Mental hospitals Bombay report 1929-33 - 1929-1933
Year: 1929
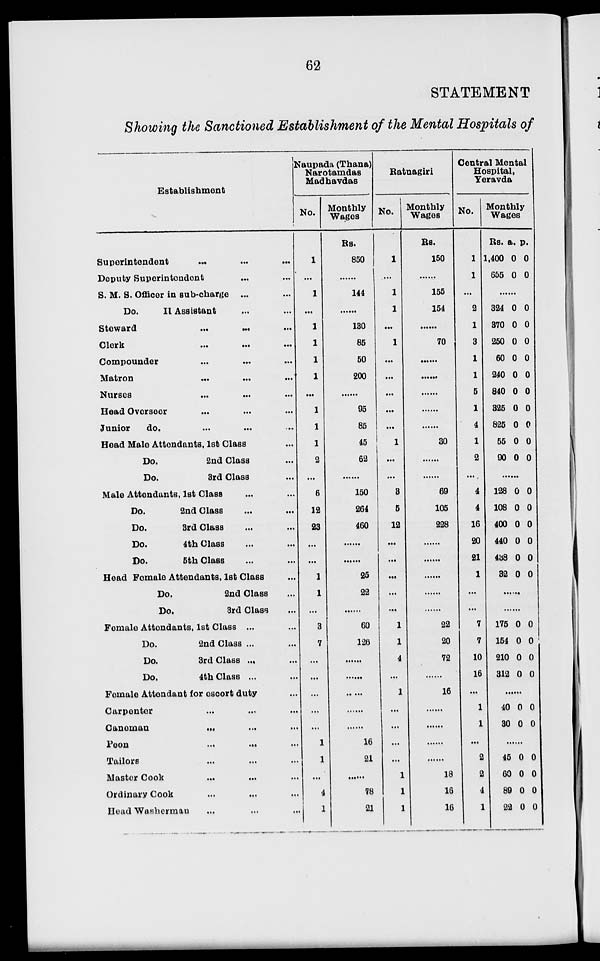
62
STATEMENT
Showing the Sanctioned Establishment of the Mental Hospitals of
Establishment
Superintendent ... ... ...
Deputy Superintendent ... ...
S. M. S. Officer in sub-charge ... ...
Do.
II Assistant ... ...
Steward
...
...
...
Clerk ... ... ...
Compounder ... ... ...
Matron ... ... ...
Nurses ... ... ...
Head Overseer ... ... ...
Junior
do.
...
...
...
Head Male Attendants, 1st Class ...
Do.
2nd Class ...
Do.
3rd Class ...
Male Attendants, 1st Class ... ...
Do.
2nd Class ... ...
Do.
3rd Class ... ...
Do.
4th Class ... ...
Do.
5th
Class ... ...
Head Female Attendants, 1st Class ...
Do.
2nd Class ...
Do.
3rd Class ...
Female Attendants, 1st Class ... ...
Do.
2nd Class ... ...
Do.
3rd Class ... ...
Do.
4th Class ... ...
Female Attendant for escort duty ...
Carpenter ... ... ...
Caneman ... ... ...
Peon ... ... ...
Tailors ... ... ...
Master Cook ... ... ...
Ordinary Cook ... ... ...
Head Washerman ... ... ...
Naupada (Thana)
Narotamdas
Madhavdas
No.
1
...
1
...
1
1
1
1
...
1
1
1
2
...
6
12
23
...
...
1
1
...
3
7
...
...
...
...
...
1
1
...
4
1
Monthly
Wages
Rs.
850
......
144
......
130
85
50
200
......
95
85
45
62
......
150
264
460
......
......
25
22
......
60
126
......
......
......
......
......
16
21
......
78
21
Ratnagiri
No.
1
...
1
1
...
1
...
...
...
...
...
1
...
...
3
5
12
...
...
...
...
...
1
1
4
...
1
...
...
...
...
1
1
1
Monthly
Wages
Rs.
150
......
155
154
......
70
......
......
......
......
......
30
......
......
69
105
228
......
......
......
......
......
22
20
72
......
16
......
......
......
......
18
16
16
Central Mental
Hospital,
Yeravda
No.
1
1
...
2
1
3
1
1
5
1
4
1
2
...
4
4
16
20
21
1
...
...
7
7
10
16
...
1
1
...
2
2
4
1
Monthly
Wages
Rs.
1,400
655
a.
0
0
p.
0
0
......
324
370
250
60
240
840
325
825
55
90
0
0
0
0
0
0
0
0
0
0
0
0
0
0
0
0
0
0
0
0
......
128
108
400
440
438
32
0
0
0
0
0
0
0
0
0
0
0
0
......
......
175
154
210
312
0
0
0
0
0
0
0
0
......
40
30
0
0
0
0
......
45
60
89
22
0
0
0
0
0
0
0
0